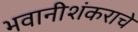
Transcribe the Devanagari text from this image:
भवानीशंकराचे